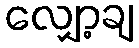
လျှော့ချ